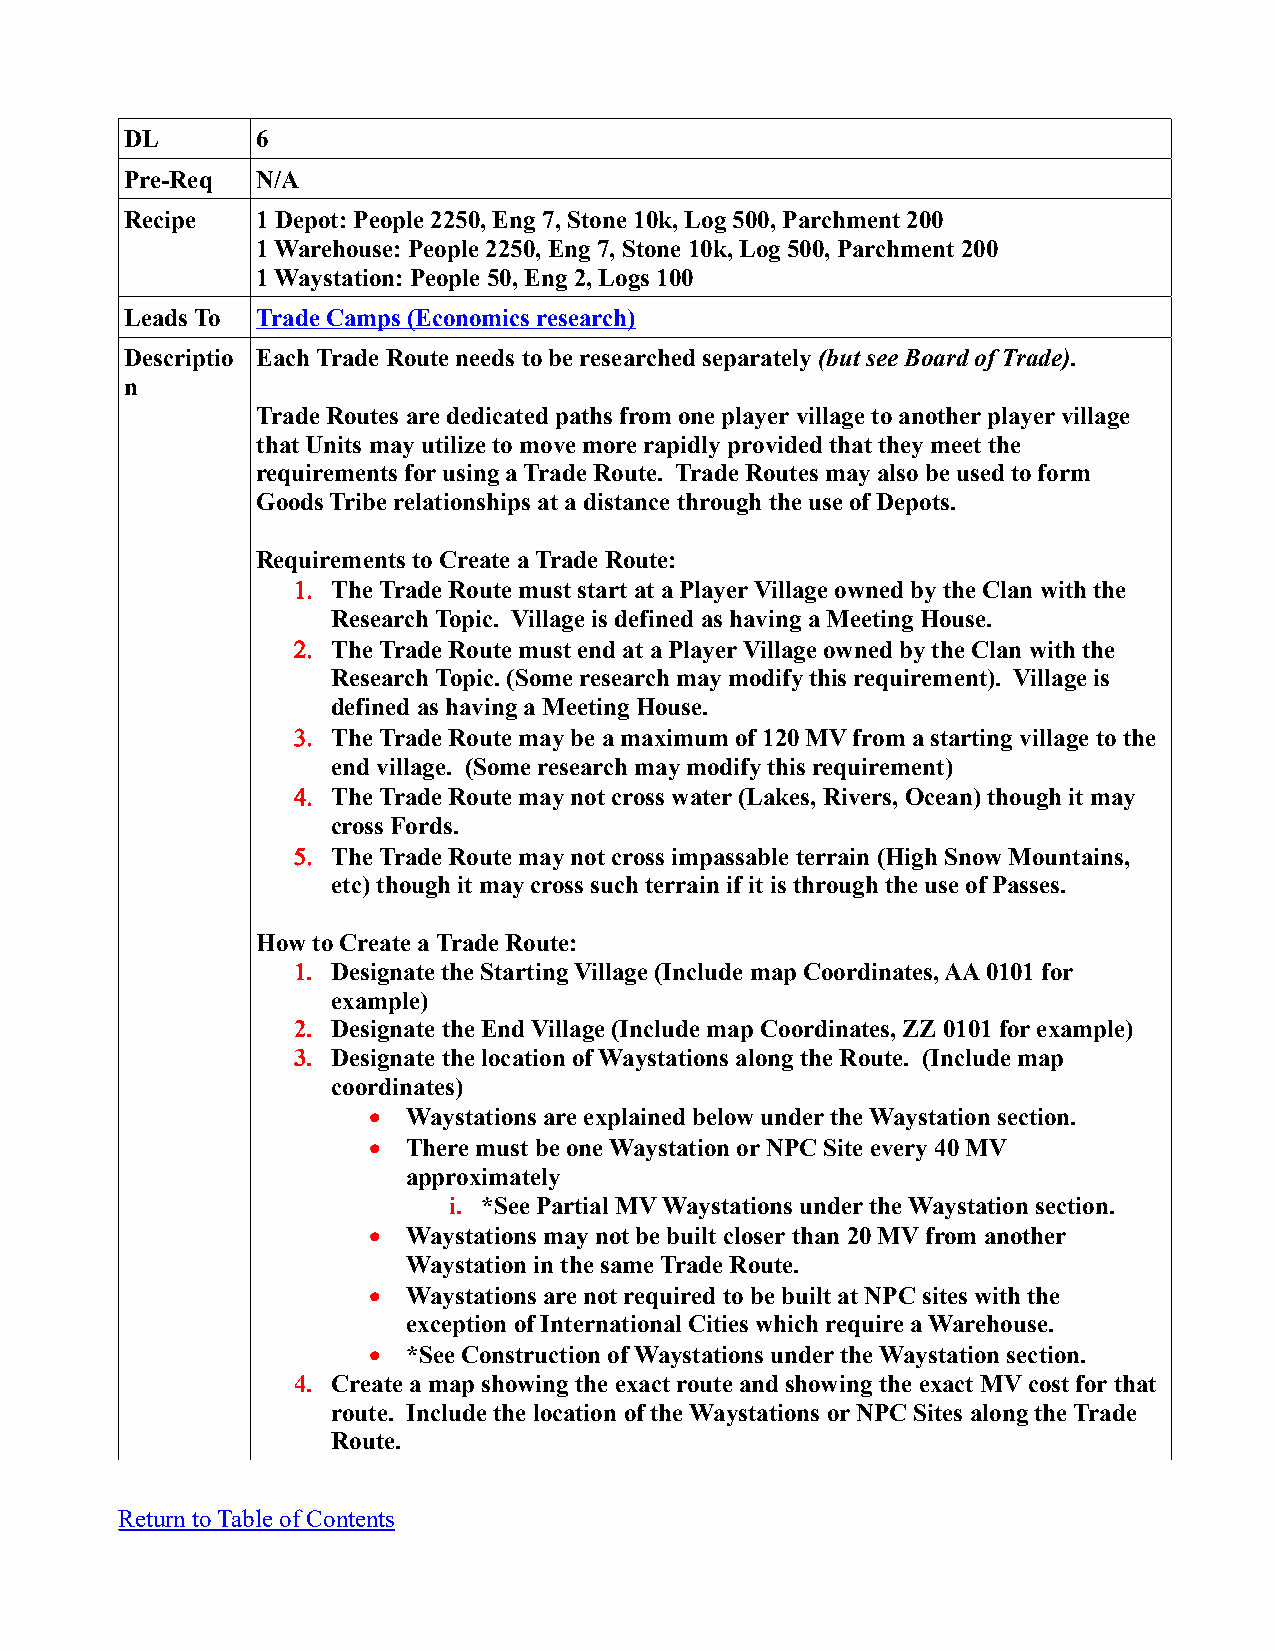
DL       6
 Pre-Req  N/A
 Recipe   1 Depot: People 2250, Eng 7, Stone 10k, Log 500, Parchment 200
 1 Warehouse: People 2250, Eng 7, Stone 10k, Log 500, Parchment 200
 1 Waystation: People 50, Eng 2, Logs 100
 Leads To Trade Camps (Economics research)
 Descriptio Each Trade Route needs to be researched separately (but see Board of Trade).
 n
 Trade Routes are dedicated paths from one player village to another player village
 that Units may utilize to move more rapidly provided that they meet the
 requirements for using a Trade Route. Trade Routes may also be used to form
 Goods Tribe relationships at a distance through the use of Depots.
 Requirements to Create a Trade Route:
 1. The Trade Route must start at a Player Village owned by the Clan with the
 Research Topic. Village is defined as having a Meeting House.
 2. The Trade Route must end at a Player Village owned by the Clan with the
 Research Topic. (Some research may modify this requirement). Village is
 defined as having a Meeting House.
 3. The Trade Route may be a maximum of 120 MV from a starting village to the
 end village. (Some research may modify this requirement)
 4. The Trade Route may not cross water (Lakes, Rivers, Ocean) though it may
 cross Fords.
 5. The Trade Route may not cross impassable terrain (High Snow Mountains,
 etc) though it may cross such terrain if it is through the use of Passes.
 How to Create a Trade Route:
 1. Designate the Starting Village (Include map Coordinates, AA 0101 for
 example)
 2. Designate the End Village (Include map Coordinates, ZZ 0101 for example)
 3. Designate the location of Waystations along the Route. (Include map
 coordinates)
   Waystations are explained below under the Waystation section.
   There must be one Waystation or NPC Site every 40 MV
 approximately
 i. *See Partial MV Waystations under the Waystation section.
   Waystations may not be built closer than 20 MV from another
 Waystation in the same Trade Route.
   Waystations are not required to be built at NPC sites with the
 exception of International Cities which require a Warehouse.
   *See Construction of Waystations under the Waystation section.
 4. Create a map showing the exact route and showing the exact MV cost for that
 route. Include the location of the Waystations or NPC Sites along the Trade
 Route.
 Return to Table of Contents